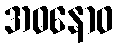
အဓနောဝ